Indian Medical Review
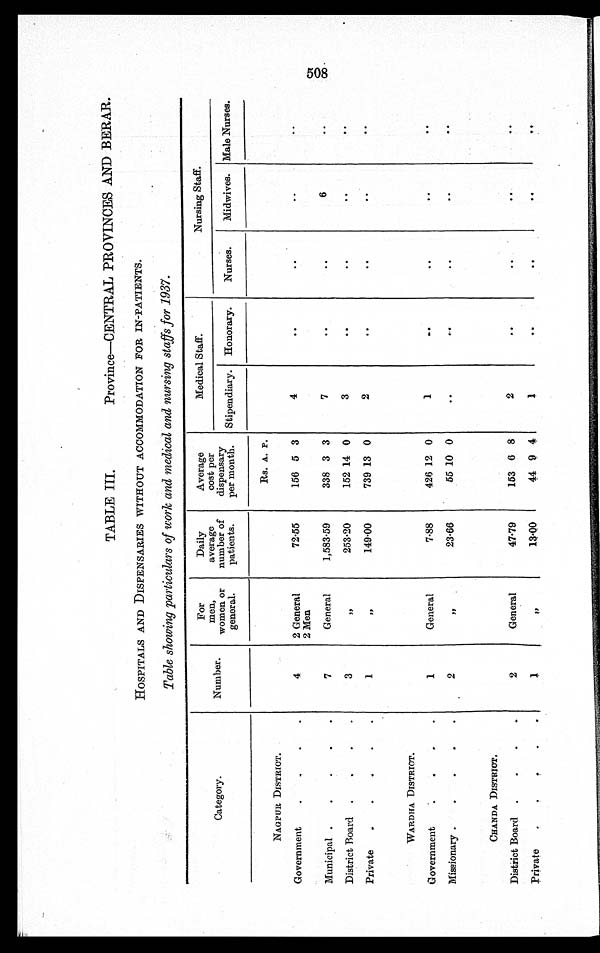
TABLE III.
Province—CENTRAL PROVINCES AND BERAR
HOSPITALS AND DISPENSARIES WITHOUT ACCOMMODATION FOR IN-PATIENTS.
Table showing particulars of work and medical and nursing staffs for 1937.
Category.
Number.
For
men,
women or
general.
Daily
average
number of
patients.
Average
cost per
dispensary
per month.
Medical Staff.
Nursing Staff.
Stipendiary. Honorary.
Nurses.
Midwives. Male Nurses.
Rs. A. P.
NAGPUR DISTRICT.
Government
4
2 General
2 Men
72.55
156 5 3
4
. .
. .
. .
. .
Municipal
7
General
1,583.59
338 3 3
7
. . ..
6
..
District Board
3
"
253.20
152 14 0
3
. .
. .
. .
. .
Private
1
"
149.00
739 13 0
2
..
. .
. .
. .
WARDHA DISTRICT.
Government
1
General
7.88
426 12 0
1
..
..
. .
. .
Missionary
2
" 23.66
55 10 0
..
. .
. .
. .
. .
CHANDA DISTRICT.
District Board
2
General
47.79
153 6 8
2
. .
. .
. .
..
Private
1
" 13.00
44 9 4
1
..
. .
. .
. .